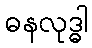
ဓနလုဒ္ဓါ